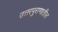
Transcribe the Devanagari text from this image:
उत्तरपुराणातील